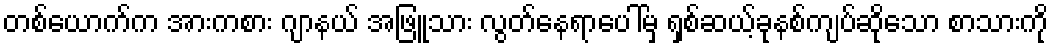
တစ်ယောက်က အားကစား ဂျာနယ် အဖြူသား လွတ်နေရာပေါ်မှ ရှစ်ဆယ့်ခုနစ်ကျပ်ဆိုသော စာသားကို